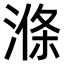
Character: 𣺢